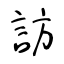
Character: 訪